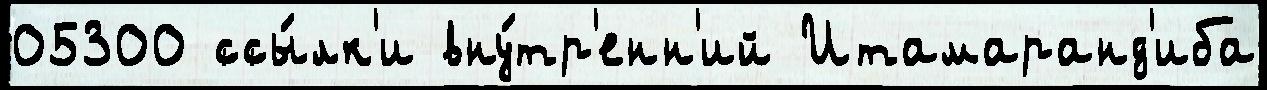
05300 ссы́лк'и вну́тр'енн'ий Итамаранд'иба